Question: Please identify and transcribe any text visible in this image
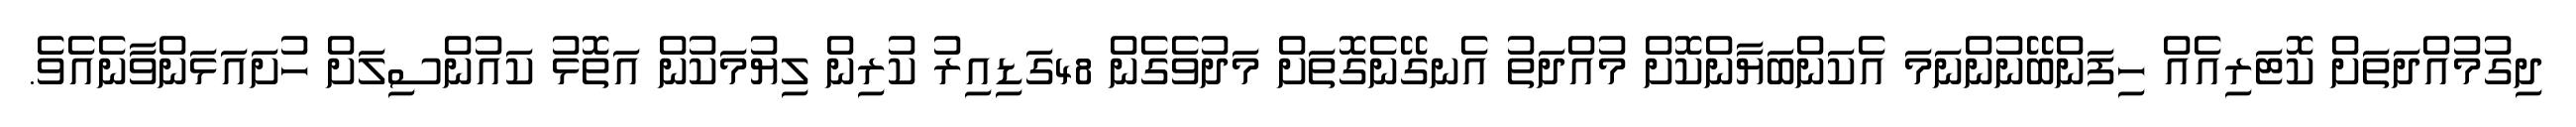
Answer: ދިގުމުއްދަތަށް ކޮޓަރިއެއް ހިފަންބޭނުންނަމަ އެކަންބަޔާންކޮށް މުއްދަތު އެނގޭނެގޮތަށް މަދުވެގެން 48ގަޑިއިރު ކުރިން ލިޔުމަކުން އަތޮޅު ކައުންސިލަށް ހުށައަޅަންވާނެއެވެ.